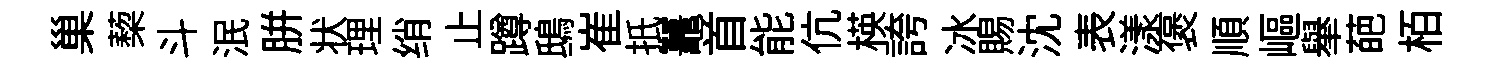
巢蔾斗泯胼状理绡止蹲鴟崔扺鼉首能伉楧誇冰賜沈表漾褒順嶇𦦙葩栢